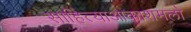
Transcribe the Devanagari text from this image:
साहित्याआकाशमलो